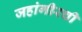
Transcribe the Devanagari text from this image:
जहांगीरची